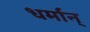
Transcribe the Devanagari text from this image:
धर्मान्